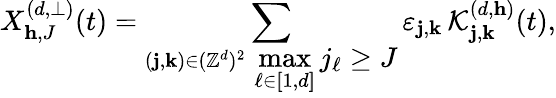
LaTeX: X_{\mathbf{h},J}^{(d,\bot)}(t)=\sum_{\substack{(\mathbf{j},\mathbf{k})\in(\mathbb{Z}^{d})^{2}\, \displaystyle\operatorname*{max}_{\ell\in[\! [1,d]\! ]}j_{\ell}\geq J}}\varepsilon_{\textbf{j},\textbf{k}}\, \mathcal{K}_{\textbf{j},\textbf{k}}^{(d,\mathbf{h})}(t),